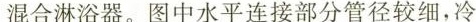
混合淋浴器。图中水平连接部分管径较细，冷